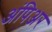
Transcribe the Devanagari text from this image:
अंपिअर